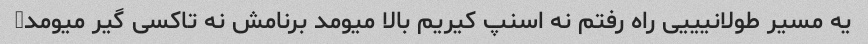
یه مسیر طولانیییی راه رفتم نه اسنپ کیریم بالا میومد برنامش نه تاکسی گیر میومد♀